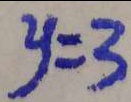
y = 3